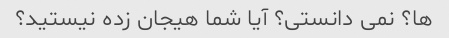
ها؟ نمی دانستی؟ آیا شما هیجان زده نیستید؟